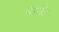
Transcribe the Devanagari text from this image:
हेगी।